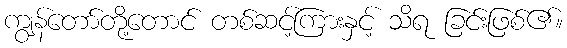
ကျွန်တော်တို့တောင် တစ်ဆင့်ကြားနှင့် သိရ ခြင်းဖြစ်၏။